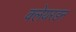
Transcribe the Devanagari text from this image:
क्लेयरडन